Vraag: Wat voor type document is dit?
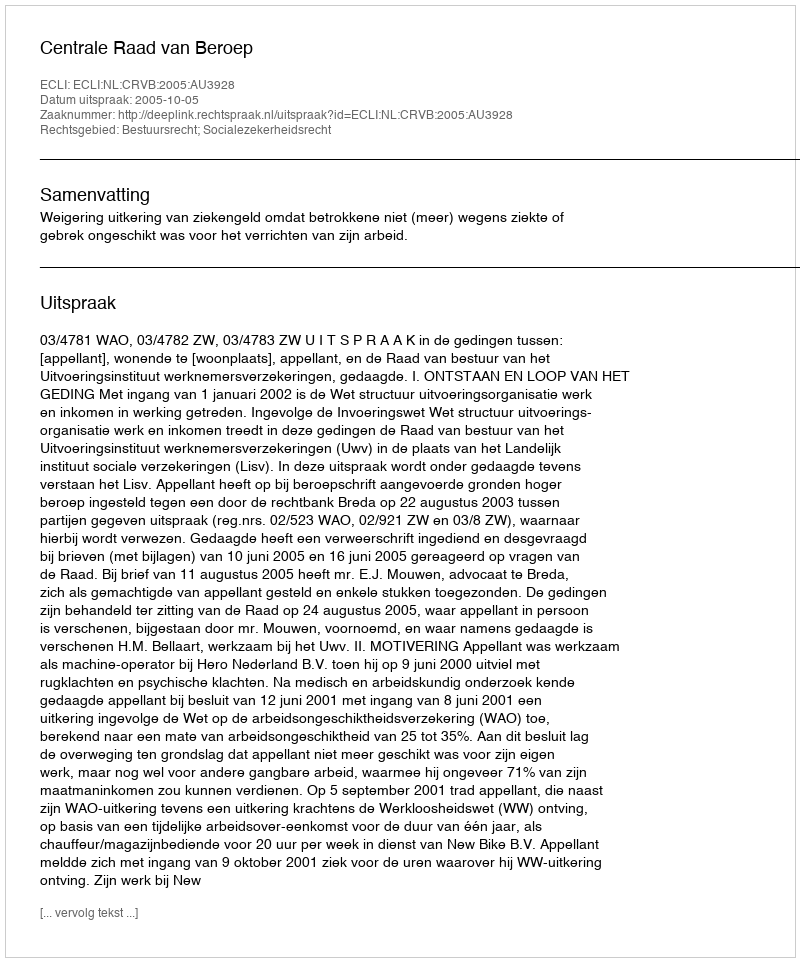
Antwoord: Uitspraak